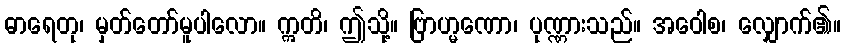
ဓာရေတု၊ မှတ်တော်မူပါလော။ ဣတိ၊ ဤသို့။ ဗြာဟ္မဏော၊ ပုဏ္ဏားသည်။ အဝေါစ၊ လျှောက်၏။